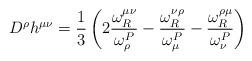
LaTeX: \begin{align*}D^{\rho}h^{\mu \nu}=\frac{1}{3}\left(2\frac{\omega_{R}^{\mu \nu}}{\omega^{P}_{\rho}}-\frac{\omega_{R}^{\nu \rho}}{\omega^{P}_{\mu}}-\frac{\omega_{R}^{\rho \mu}}{\omega^{P}_{\nu}}\right)\end{align*}